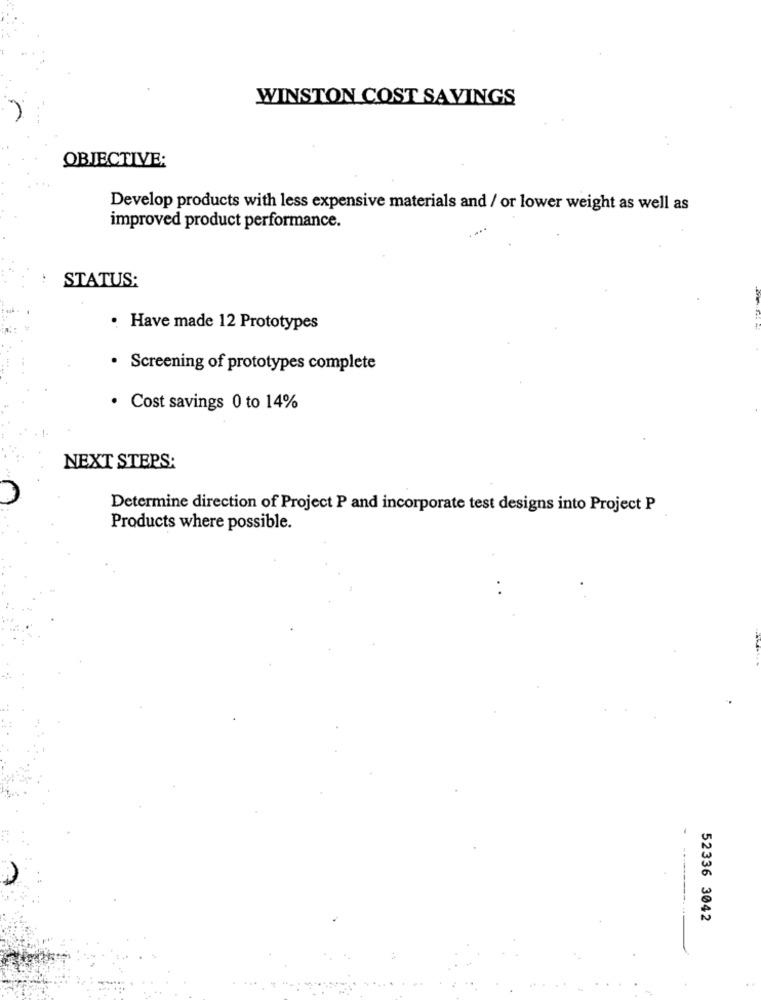
WINSTON COST SAVINGS
OBJECTIVE:
Develop products with less expensive materials and / or lower weight as well as
improved product performance.
STATUS:
· Have made 12 Prototypes
· Screening of prototypes complete
· Cost savings 0 to 14%
NEXT STEPS:
Determine direction of Project P and incorporate test designs into Project P
Products where possible.
52336 3042
...